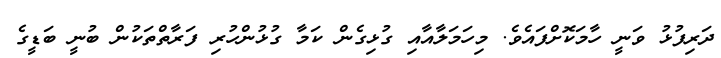
ދަރިފުޅު ވަނީ ހާމަކޮށްފައެވެ. މިހަމަލާއާއި ގުޅިގެން ކަމާ ގުޅުންހުރި ފަރާތްތަކުން ބުނީ ބަޑީގެ